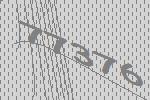
77376